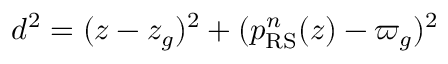
d ^ { 2 } = ( z - z _ { g } ) ^ { 2 } + ( p _ { \mathrm { R S } } ^ { n } ( z ) - \varpi _ { g } ) ^ { 2 }